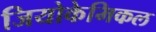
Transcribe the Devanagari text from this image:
जियोकेमिकल